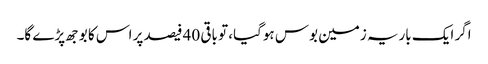
اگر ایک باریہ زمین بوس ہوگیا، تو باقی 40 فیصد پر اس کا بوجھ پڑے گا۔